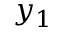
y _ { 1 }